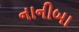
નાનીબા